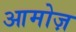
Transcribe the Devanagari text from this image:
आमोज़